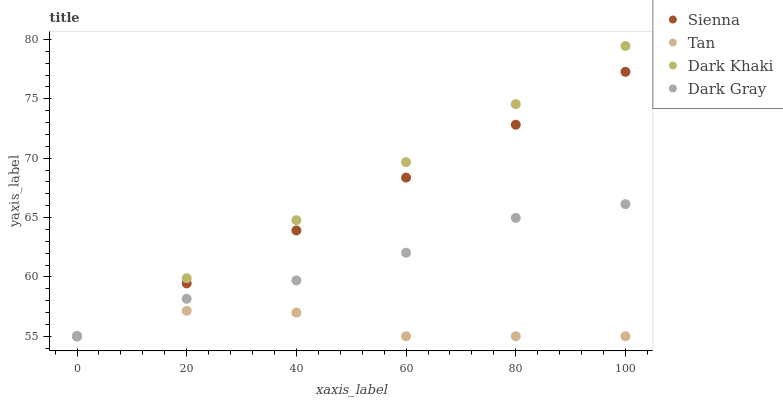
| xaxis_label | Sienna | Tan | Dark Khaki | Dark Gray |
 | --- | --- | --- | --- | --- |
 | 0 | 55 | 55 | 55 | 55 |
 | 20 | 59.5 | 57.1 | 59.9 | 58.2 |
 | 40 | 63.9 | 57 | 64.8 | 59.7 |
 | 60 | 68.4 | 55 | 69.7 | 62 |
 | 80 | 72.8 | 55 | 74.6 | 65 |
 | 100 | 77.3 | 55 | 79.5 | 66.1 |